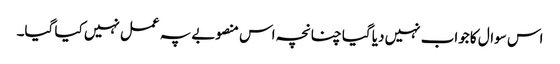
اس سوال کا جواب نہیں دیا گیا چنانچہ اس منصوبے پہ عمل نہیں کیا گیا۔